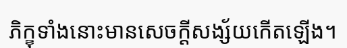
ភិក្ខុទាំងនោះមានសេចក្តីសង្ស័យកើតឡើង។